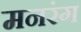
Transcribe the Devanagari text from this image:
मनरंग